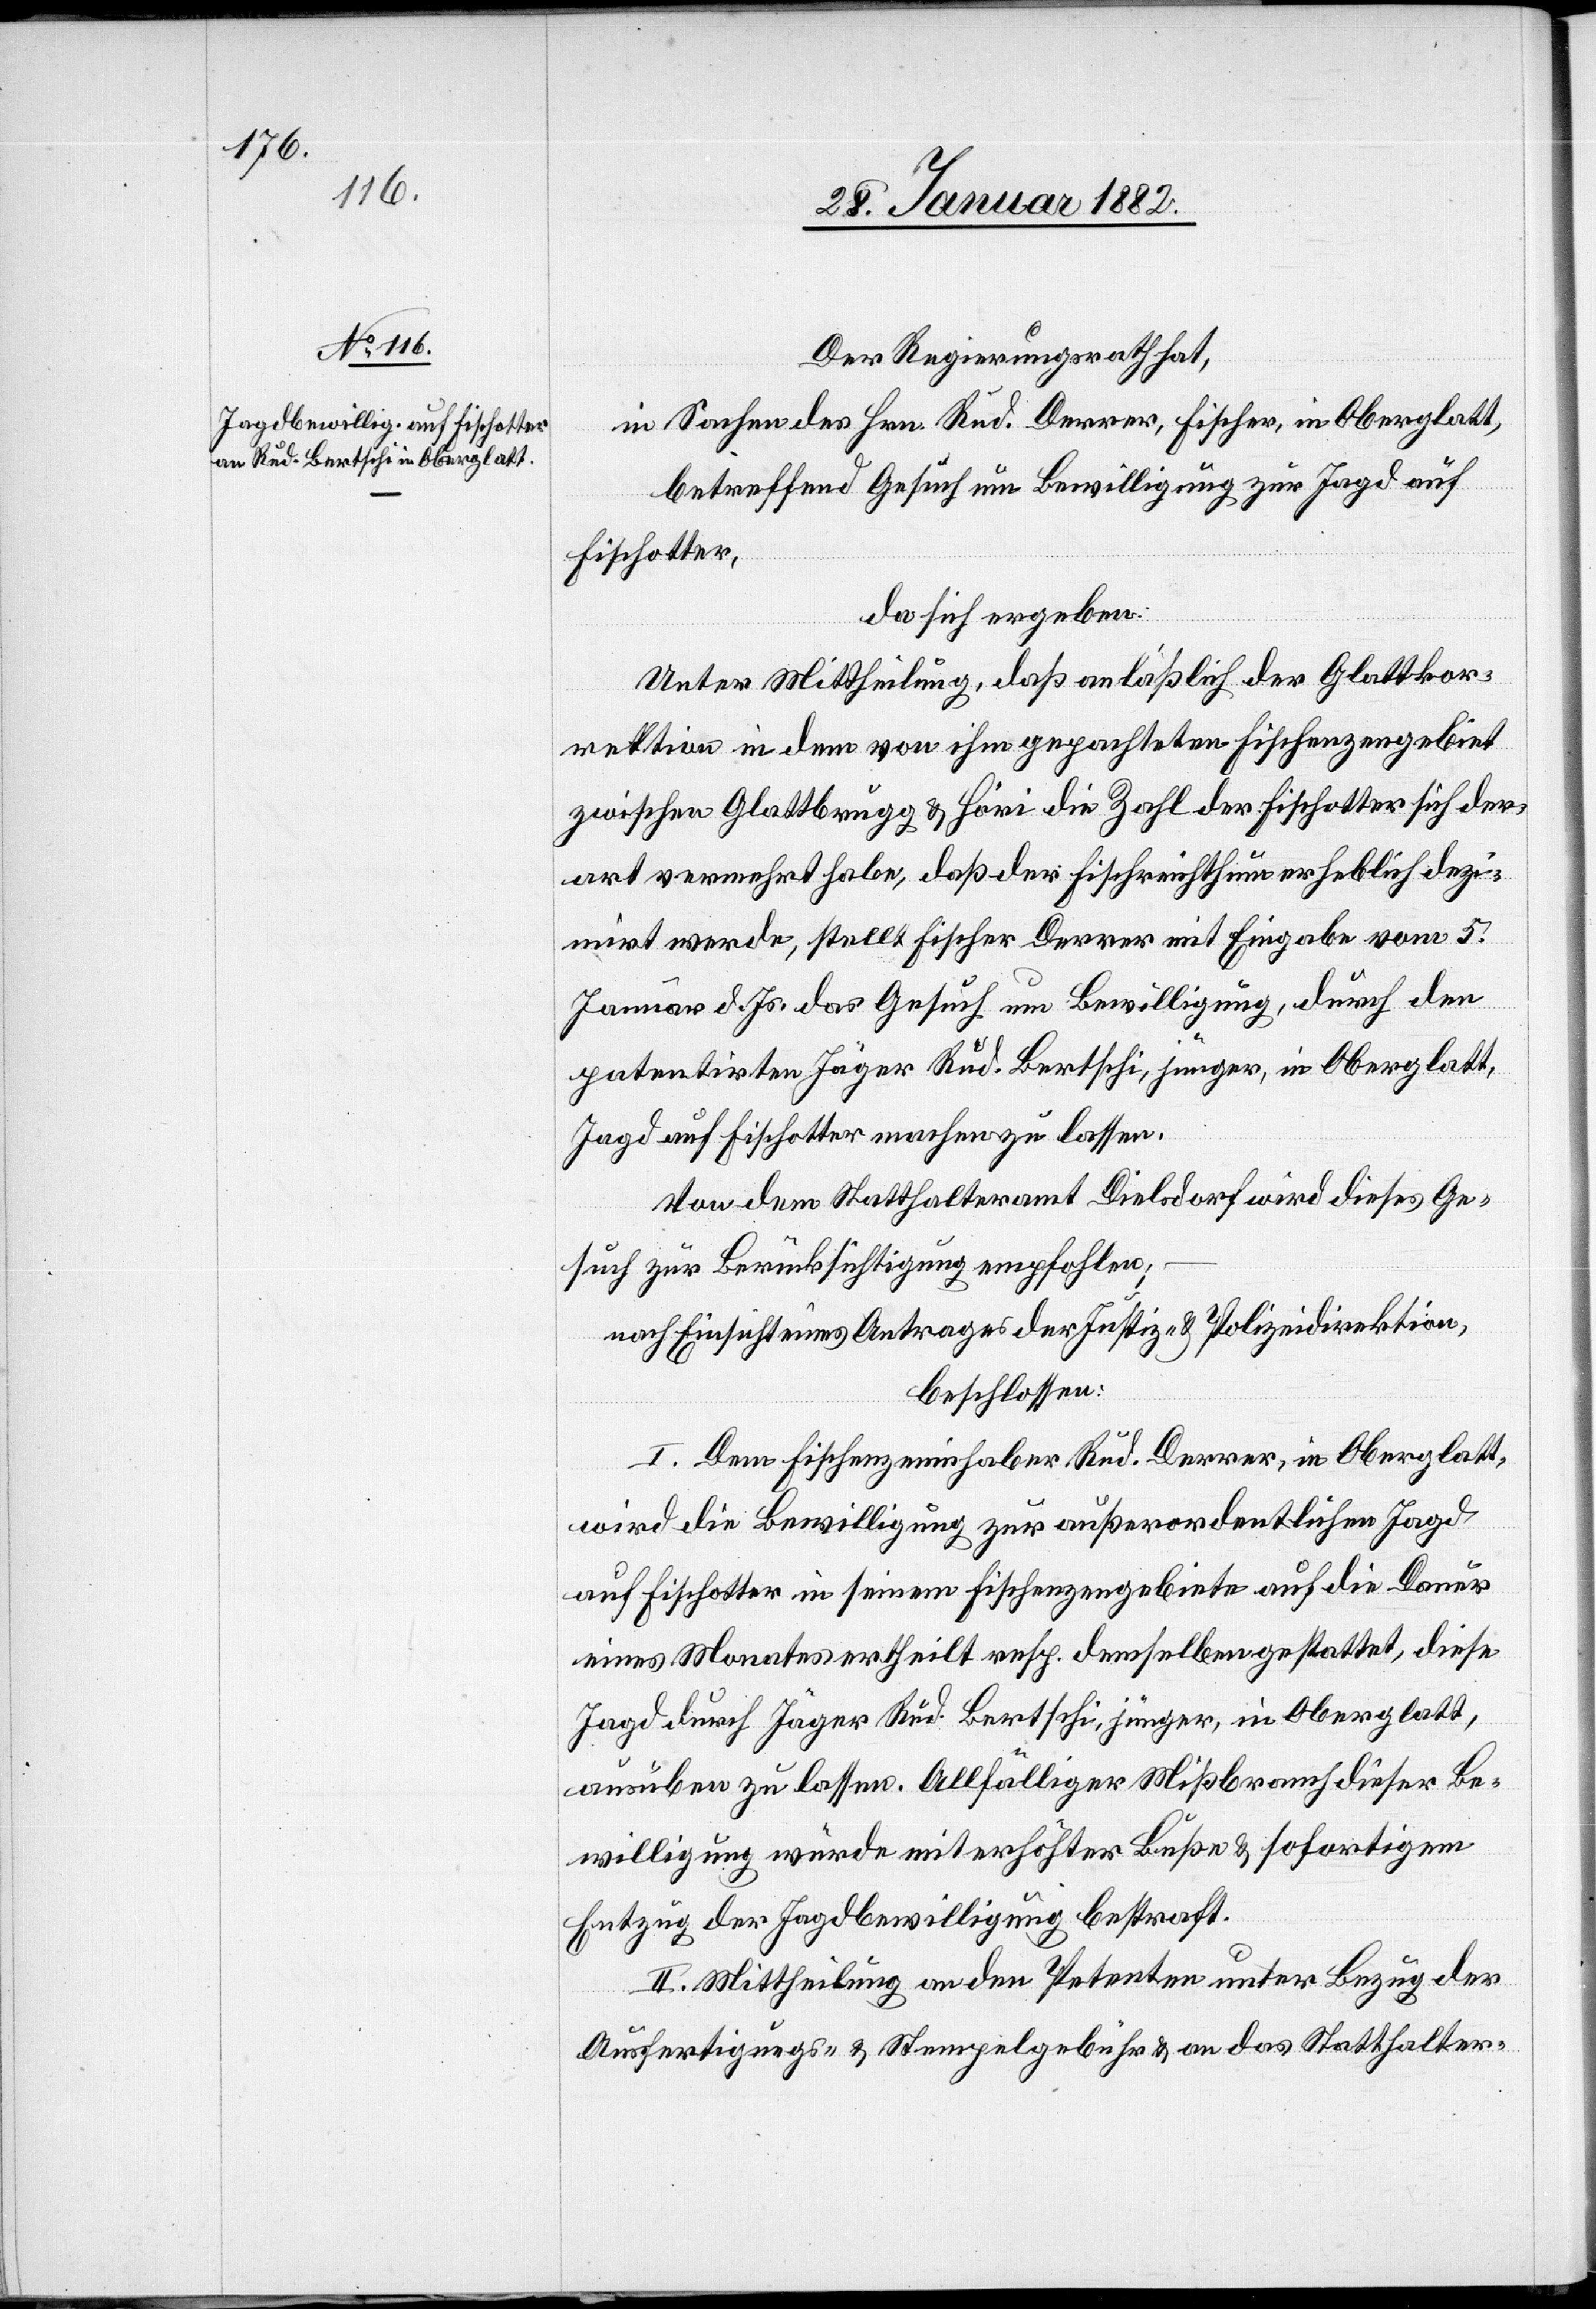
Der Regierungsrath,
in Sachen des Hrn. Rud. Derrer, Fischer, in Oberglatt,
betreffend Gesuch um Bewilligung zur Jagd auf
Fischotter,
da sich ergeben:
Unter Mittheilung, daß anläßlich der Glattkor¬
rektion in dem von ihm gepachteten Fischenzengebiet
zwischen Glattbrugg & Höri die Zahl der Fischotter sich der¬
art vermehrt habe, daß der Fischreichthum erheblich dezi¬
mirt werde, stellt Fischer Derrer mit Eingabe vom 5.
Januar d. Js. das Gesuch um Bewilligung, durch den
patentirten Jäger Rud. Bertschi, jünger, in Oberglatt,
Jagd auf Fischotter machen zu lassen.
Von dem Statthalteramt Diesldorf wird dieses Ge¬
such zur Berücksichtigung empfohlen,–
nach Einsicht eines Antrages der Justiz- & Polizeidirektion,
beschlossen:
I. Dem Fischenzeninhaber Rud. Derrer, in Oberglatt,
wird die Bewilligung zur außerordentlichen Jagd
auf Fischotter in seinem Fischenzengebiete auf die Dauer
eines Monates ertheilt resp. demselben gestattet, diese
Jagd durch den Jäger Rud. Bertschi, jünger, in Oberglatt,
ausüben zu lassen. Allfälliger Mißbrauch dieser Be¬
willigung würde mit erhöhter Buße & sofortigem
Entzug der Jagdbewilligung bestraft.
II. Mittheilung an den Petenten unter Bezug des
Ausfertigungs- & Stempelgebühr & an das Statthalter-